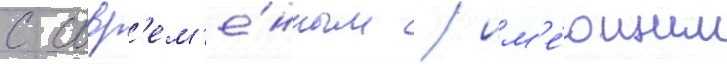
с совр'ем'е́нным / им'е́ющим